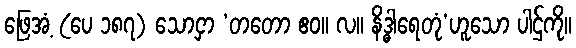
ဖြေအံ့ (ပေ ၁၈၇) သောငှာ ‘တတော ဧဝ။ လ။ နိဒ္ဓါရေတုံ’ဟူသော ပါဌ်ကို။